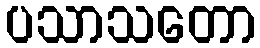
ပသာသတော